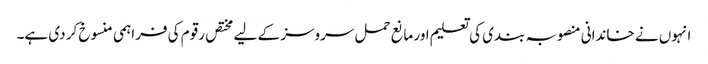
انہوں نے خاندانی منصوبہ بندی کی تعلیم اور مانع حمل سروسز کے لیے مختص رقوم کی فراہمی منسوخ کر دی ہے۔